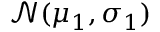
\mathcal { N } ( \mu _ { 1 } , \sigma _ { 1 } )